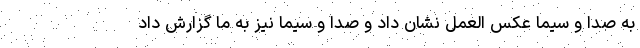
به صدا و سیما عکس العمل نشان داد و صدا و سیما نیز به ما گزارش داد